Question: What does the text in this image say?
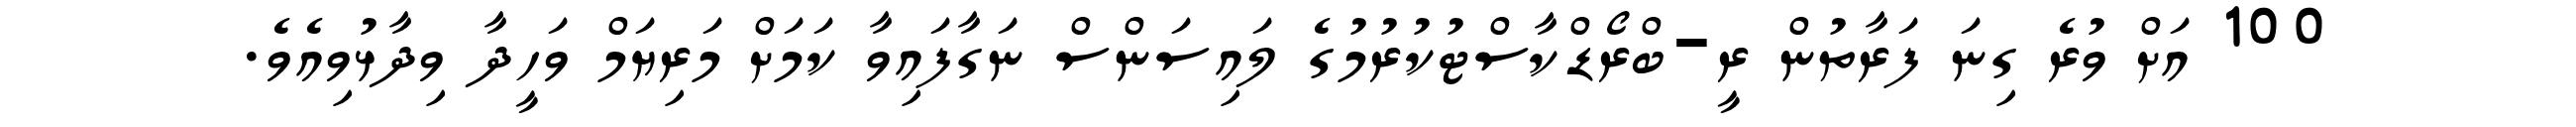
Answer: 100 އަށް ވުރެ ގިނަ ފަރާތުން ރީ-ބްރޯޑްކާސްޓުކުރުމުގެ ލައިސަންސް ނަގާފައިވާ ކަމަށް މަރިޔަމް ވަހީދާ ވިދާޅުވިއެވެ.